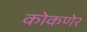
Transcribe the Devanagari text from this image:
कोकणेर